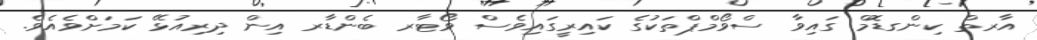
އާރތް ކިންގޑޮމް ގައިވާ ސްވޯމްޕްތަކުގެ ކައިރީގައިވެސް ވޯޓާރ ބެންޑާރ އިން ދިރިއުޅޭ ކަމަށްވެއެވެ.